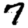
Digit: 7